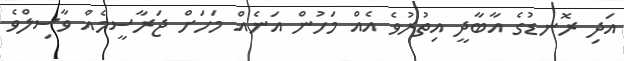
އަދި ރޮނޑުގެ އާބާދީ އިތުރުވެ އެއް މަހުން އަނެއް މަހަށް ޖަރާސީމެއް ވާސިލްވެ